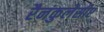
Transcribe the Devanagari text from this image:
रैनंकुलेसीए